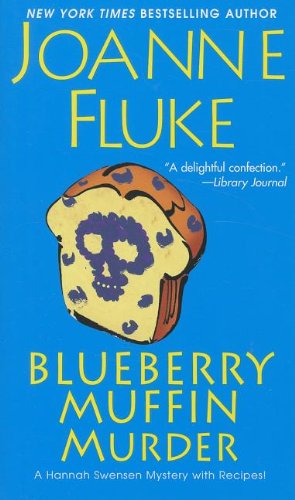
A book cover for Blueberry Muffin Murder (A Hannah Swensen Mystery); Joanne Fluke; Mystery, Thriller & Suspense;